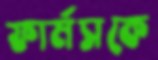
ফার্মসকে